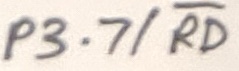
Text: P3.7/RD